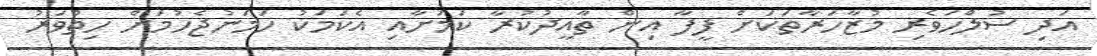
އަދި ސުލްހަވެރި މުޒާހަރާތަކަށް ފީފާ އިން ތާއީދުކުރާ ކަމަށާއި އެކަމަކު ހަމަނުޖެހުމަށް ހިތްވަރު